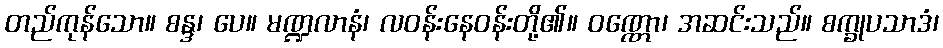
တည်ကုန်သော။ စန္ဒ၊ ပေ။ မဏ္ဍလာနံ၊ လဝန်းနေဝန်းတို့၏။ ဝဏ္ဏော၊ အဆင်းသည်။ စက္ခုပသာဒံ၊